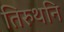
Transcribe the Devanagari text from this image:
तिरुथनि